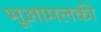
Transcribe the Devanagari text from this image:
भूआमलकी